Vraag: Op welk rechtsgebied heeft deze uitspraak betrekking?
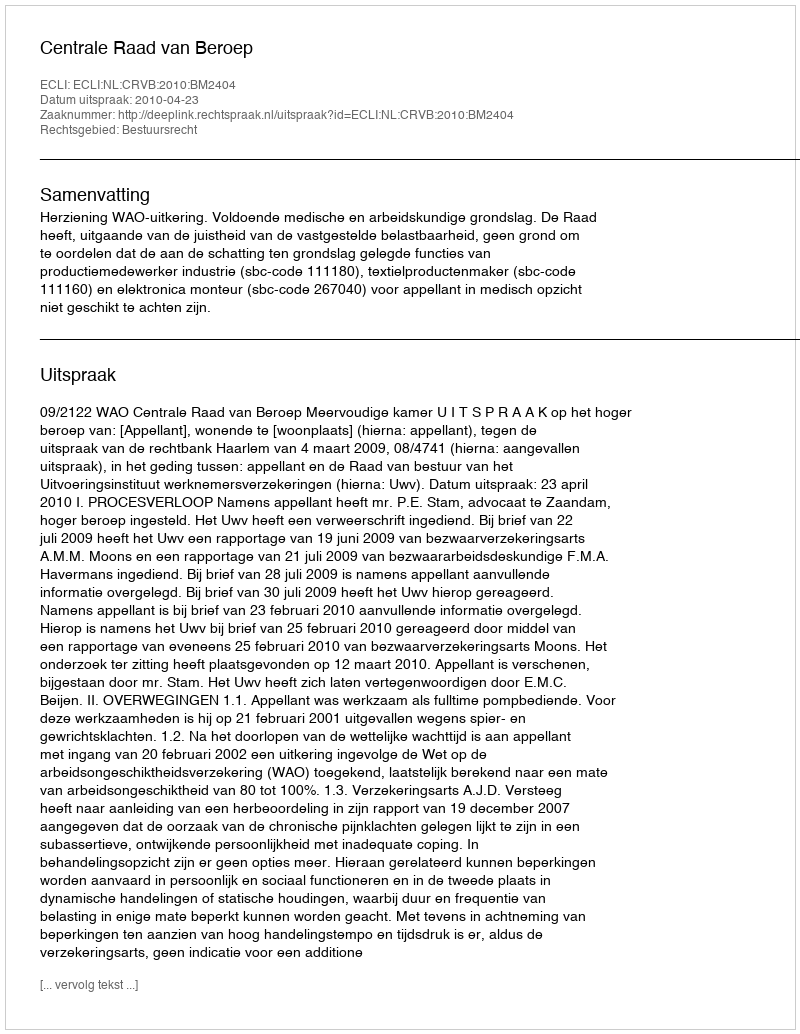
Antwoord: Bestuursrecht